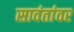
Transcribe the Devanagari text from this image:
सावंतांवर